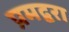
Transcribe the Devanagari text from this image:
प्रमद्वरा